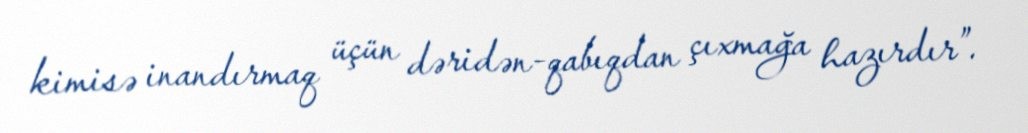
kimisə inandırmaq üçün dəridən-qabıqdan çıxmağa hazırdır”.